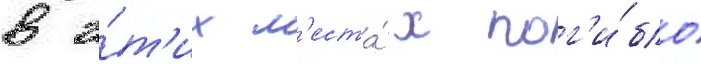
в э́т'их м'еста́х пог'и́бло